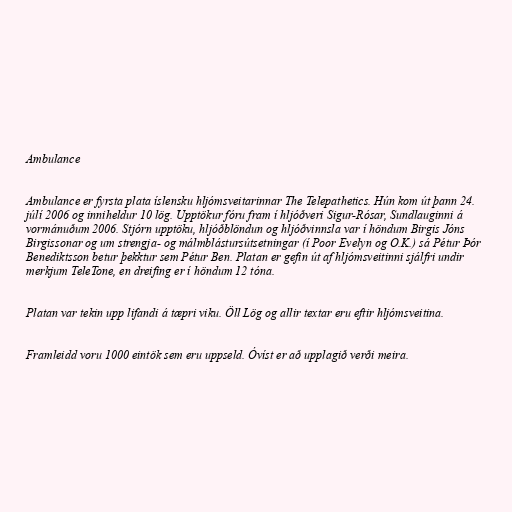
Ambulance

Ambulance er fyrsta plata íslensku hljómsveitarinnar The Telepathetics. Hún kom út þann 24.
júlí 2006 og inniheldur 10 lög. Upptökur fóru fram í hljóðveri Sigur-Rósar, Sundlauginni á
vormánuðum 2006. Stjórn upptöku, hljóðblöndun og hljóðvinnsla var í höndum Birgis Jóns
Birgissonar og um strengja- og málmblástursútsetningar (í Poor Evelyn og O.K.) sá Pétur Þór
Benediktsson betur þekktur sem Pétur Ben. Platan er gefin út af hljómsveitinni sjálfri undir
merkjum TeleTone, en dreifing er í höndum 12 tóna.

Platan var tekin upp lifandi á tæpri viku. Öll Lög og allir textar eru eftir hljómsveitina.

Framleidd voru 1000 eintök sem eru uppseld. Óvíst er að upplagið verði meira.